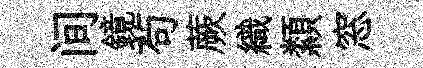
间鏡茍蕨織纇窓